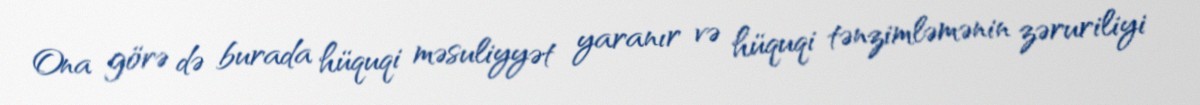
Ona görə də burada hüquqi məsuliyyət yaranır və hüquqi tənzimləmənin zəruriliyi